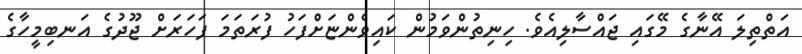
އަތްތިލަ އޭނާގެ މޭގައި ޖައްސާލިއެވެ. ހިނިތުންވަމުން ކައިވެންޏަށްފަހު ފުރަތަމަ ފަހަރަށް ޖޫދުގެ އަނބިމީހާގެ